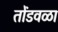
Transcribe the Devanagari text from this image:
तोंडवळा